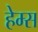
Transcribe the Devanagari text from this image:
हेम्‍स